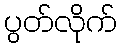
ပွတ်လိုက်